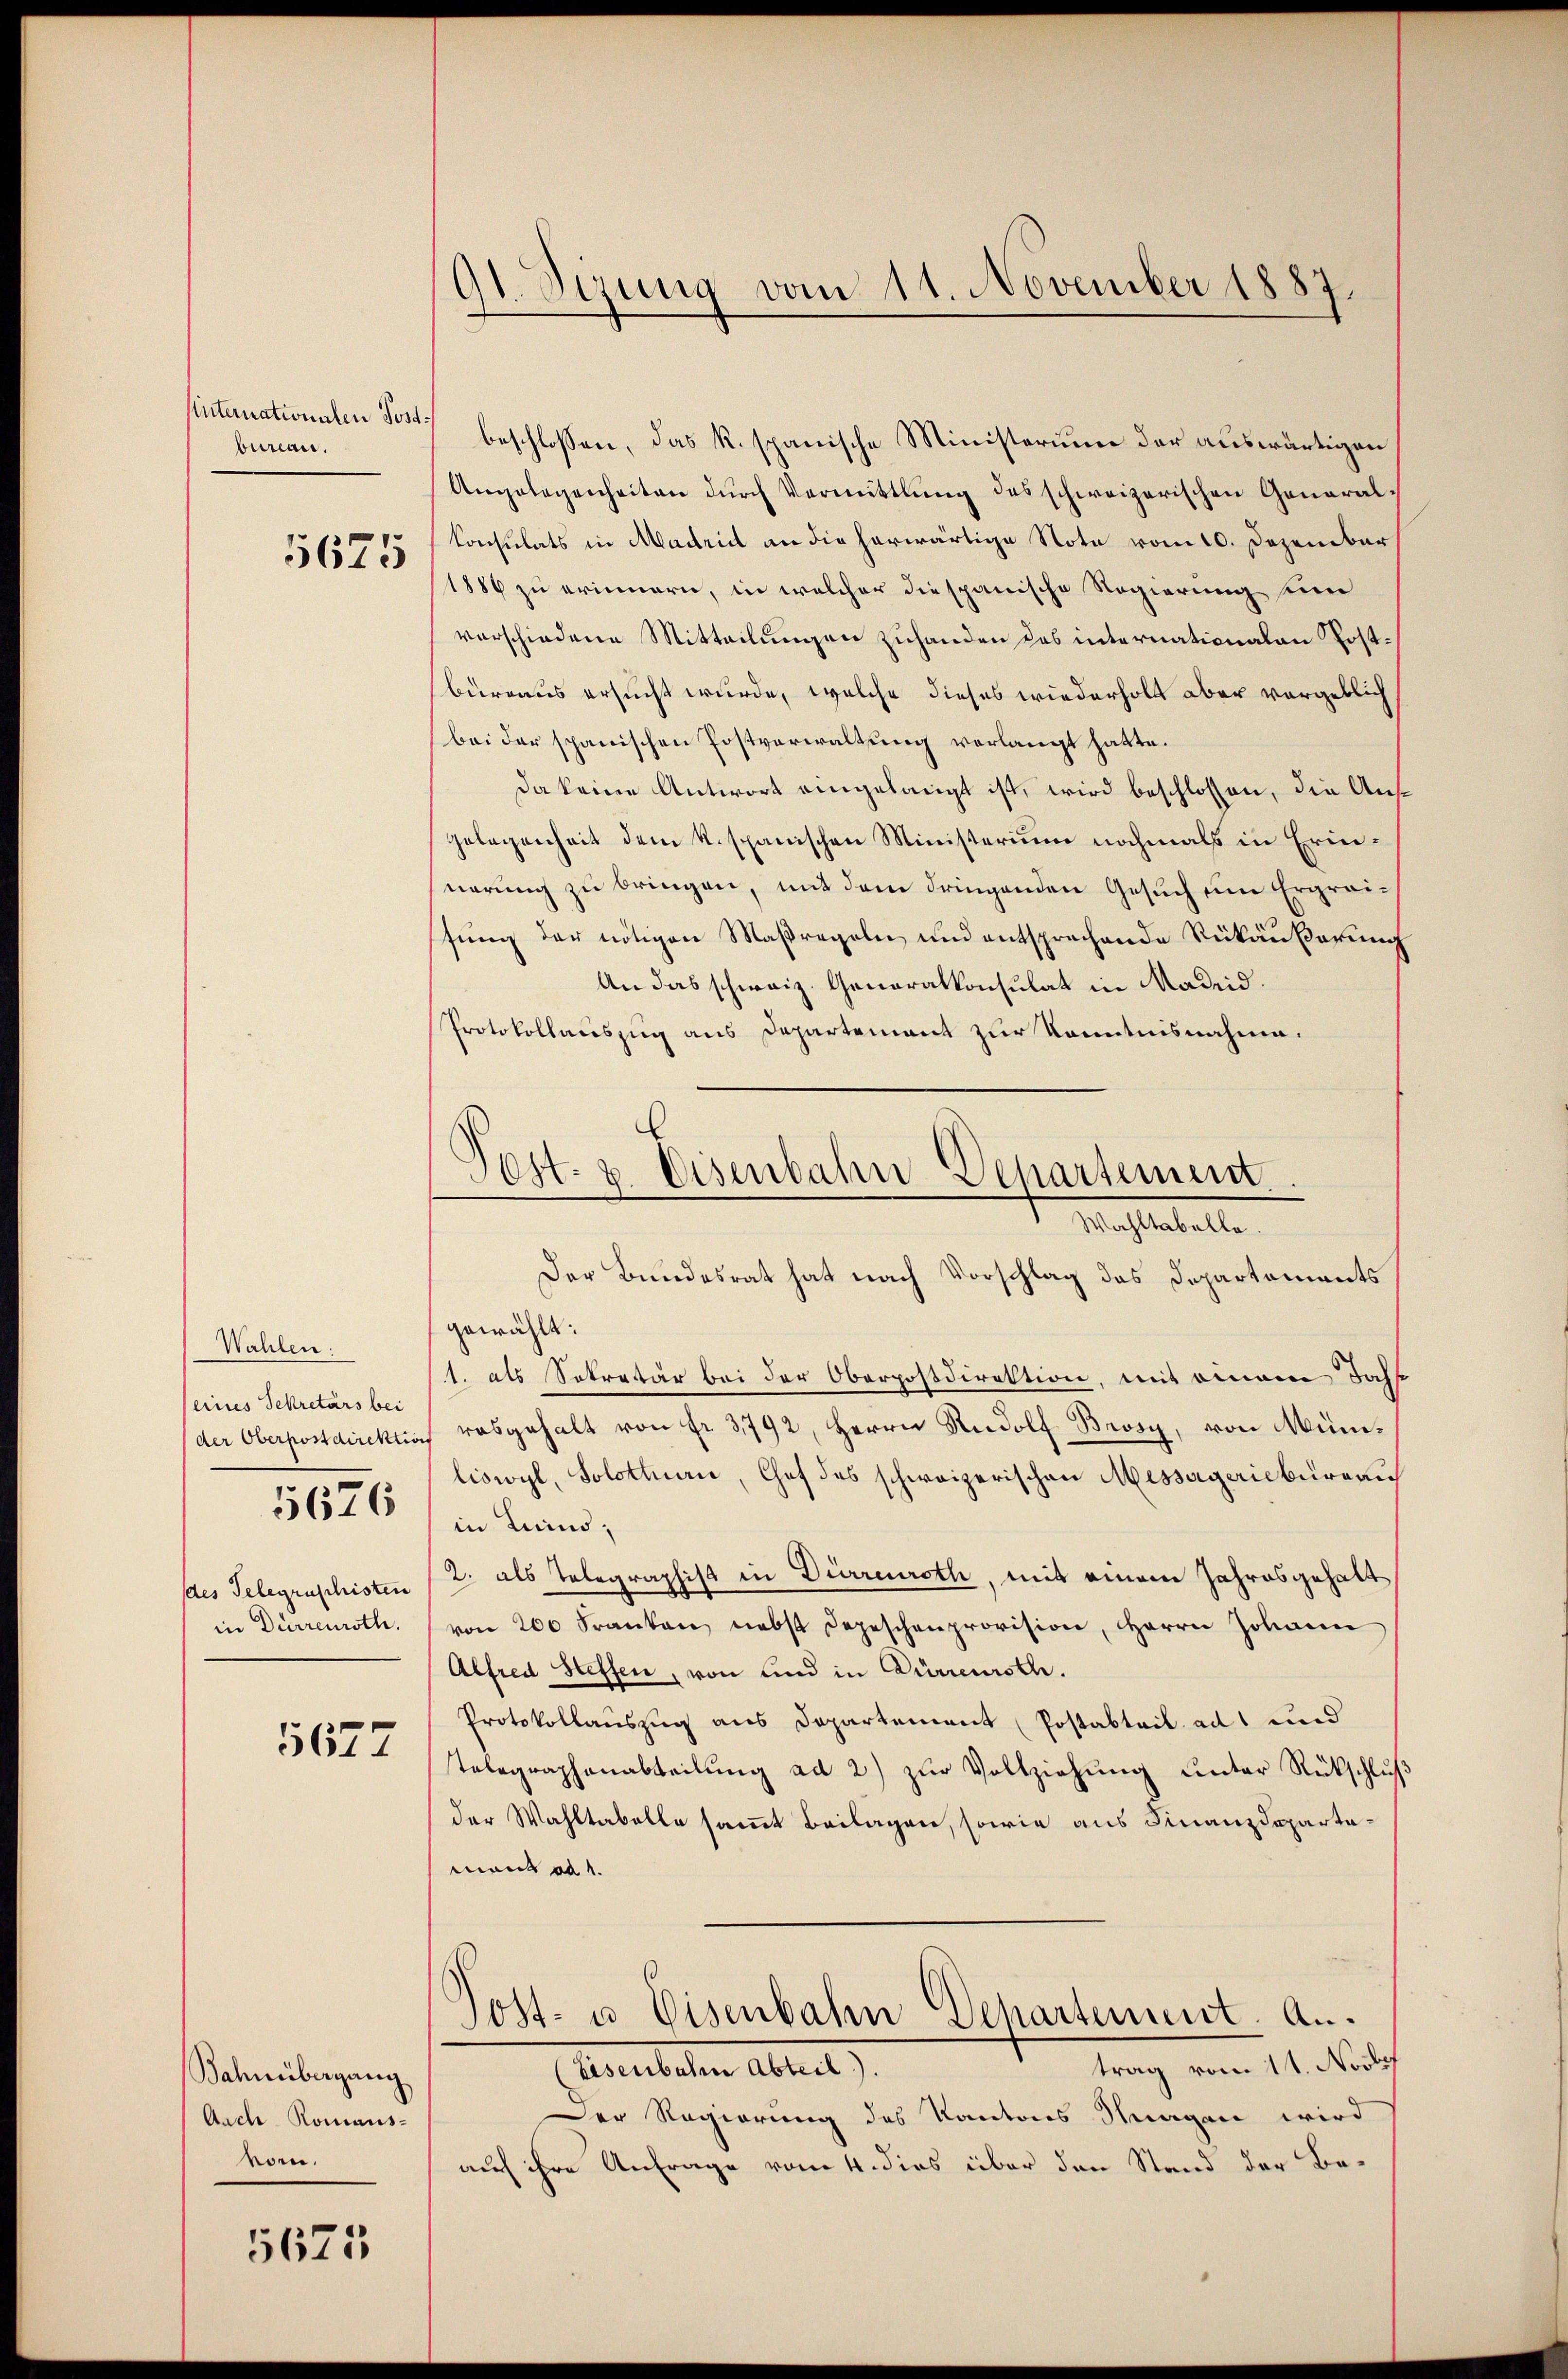
Unternationalen Post
bureau.
5675

Wahlen.
eines Sekretärs bei
der Oberpostdirektion
des Telegraschisten
in Dürrenroth.

5676

5677

Bahnübergang
Auch Romans-
vom.

5675

Gl. Sizung vom 11. November 1887.

beschlossen, das R. spanische Ministerium der auswärtigen
Angelegenheiten dŭrch Vermittlung des schweizerischen General-
Consulats in Madrid an die herwärtige Note vom 10. Dezember
1886 zu erinnern, in welcher die spanische Regierung ein
vorschiedene Mitteilungen zuhanden das internationalen Postbüreaus ersucht wurde, welche dieses wiederholt aber vergeblich
bei der spanischen Postverwaltung verlangt hatte.
da keine Antwort eingelangt ist, wird beschlossen, die Aus¬
Gelegenheit dem k. spanischen Ministerium nochmals in Erinnerung zu bringen, mit dem dringenden Gesuch um Ergreifung der nötigen Maßregeln und entsprechende Rükäußerung
An das schweiz. Generalkonsulat in Madeid.
Protokollauszug aus Departement zur Kenntnisnahme.
Post- & Eisenbahn Departement.

Wahltabelle.

Der Bundesrat hat nach Vorschlag das Departements
gewählt:
1. als Sekretär bei der Oberpostdirektion, mit einem Jah
rosgehalt von fr. 3792, Herrn Rudolf Brosy, von Münliswyl, Solothurn, Chef des schweizerischen Messergeriebureau
in Luino,
2. als Telegraphist in Dürreuroth, mit einem Jahresgehalt
von 200 Franken nebst Depeschenprovision, Herrn Johann
Alfred Steffen, von und in Dürreursth.
Protokollauszug aus Departement (Postabteil ad 1 und
Telegraphenabteilung ad 2) zur Vollziehung unter Rückschluß
der Wahltabelle samt Beilagen, sowie aus Finanzdepartemant ad 1.
Post- u. Eisenbahn Departement. A.
trag vom 11. Nove
(Eisenbahne Abteil).
Der Regierung des Kantons Stragen wird
auf ihre Anfrage vom 4. dies über den Stand der Be¬